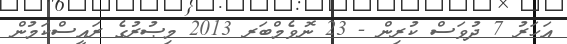
އަހަރު 7 ދުވަސް ކުރިން - 23 ނޮވެމްބަރ 2013 މިޞުރުގެ ރައީސްކަމުން